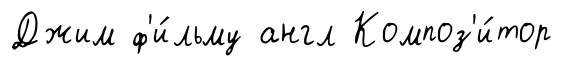
Джим ф'и́льму англ Композ'и́тор